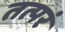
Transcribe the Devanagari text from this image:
तत्परं